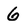
Character: 6